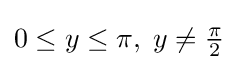
{\textstyle 0\leq y\leq \pi ,\;y\neq {\frac {\pi }{2}}}